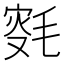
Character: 𣮸